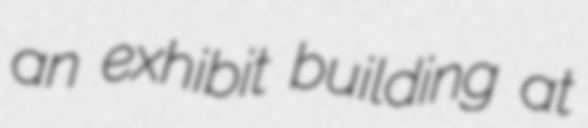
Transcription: an exhibit building at